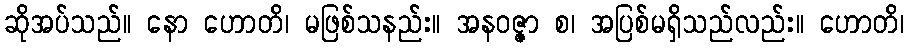
ဆိုအပ်သည်။ နော ဟောတိ၊ မဖြစ်သနည်း။ အနဝဇ္ဇာ စ၊ အပြစ်မရှိသည်လည်း။ ဟောတိ၊